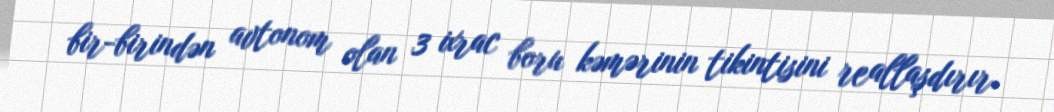
bir-birindən avtonom olan 3 ixrac boru kəmərinin tikintisini reallaşdırır.